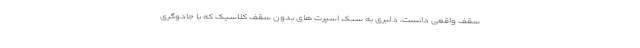
سقف واقعی دانست، دلبری به سبک اسپرت های بدون سقف کلاسیک که با جادوگری